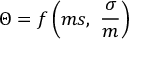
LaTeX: \Theta = f \left( m s , \ { \frac { \sigma } { m } } \right)